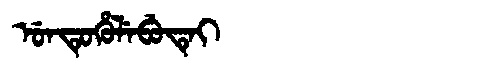
Manchu: ᡠᠨᡨᡠᡥᡠᠯᡝᠪᡠᡨᡝᡳ
Romanization: UNTUHULEBUTEI